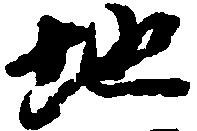
地